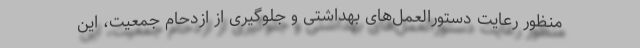
منظور رعایت دستورالعمل‌های بهداشتی و جلوگیری از ازدحام جمعیت، این